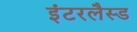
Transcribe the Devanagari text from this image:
इंटरलैस्ड